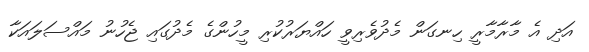
އަދި އެ މާރާމާރީ ހިނގަން މެދުވެރިވީ ހައްޔަރުކުރި މީހުންގެ މެދުގައި ޖެހުނު މައްސަލައަކާ